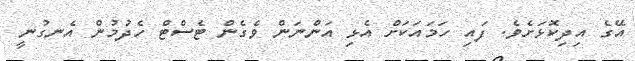
އޭގެ އިދިކޮޅަށެވެ. ފައި ހަމައަކަށް އެޅި އަންނަން ވެގެން ޓެސްޓް ހެދުމުން އެނގުނީ